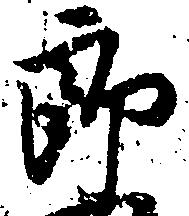
郎